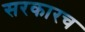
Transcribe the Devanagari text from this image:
सरकारच